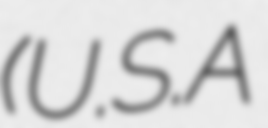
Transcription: (U.S.A